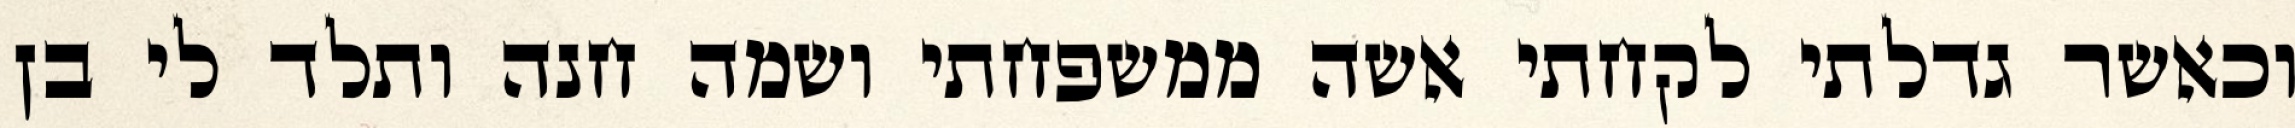
וכאשר גדלתי לקחתי אשה ממשפחתי ושמה חנה ותלד לי בן